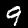
Label: 9